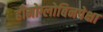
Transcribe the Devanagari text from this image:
हीमोग्लोबिनपेक्षा